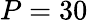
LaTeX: P=30